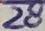
Text: 28